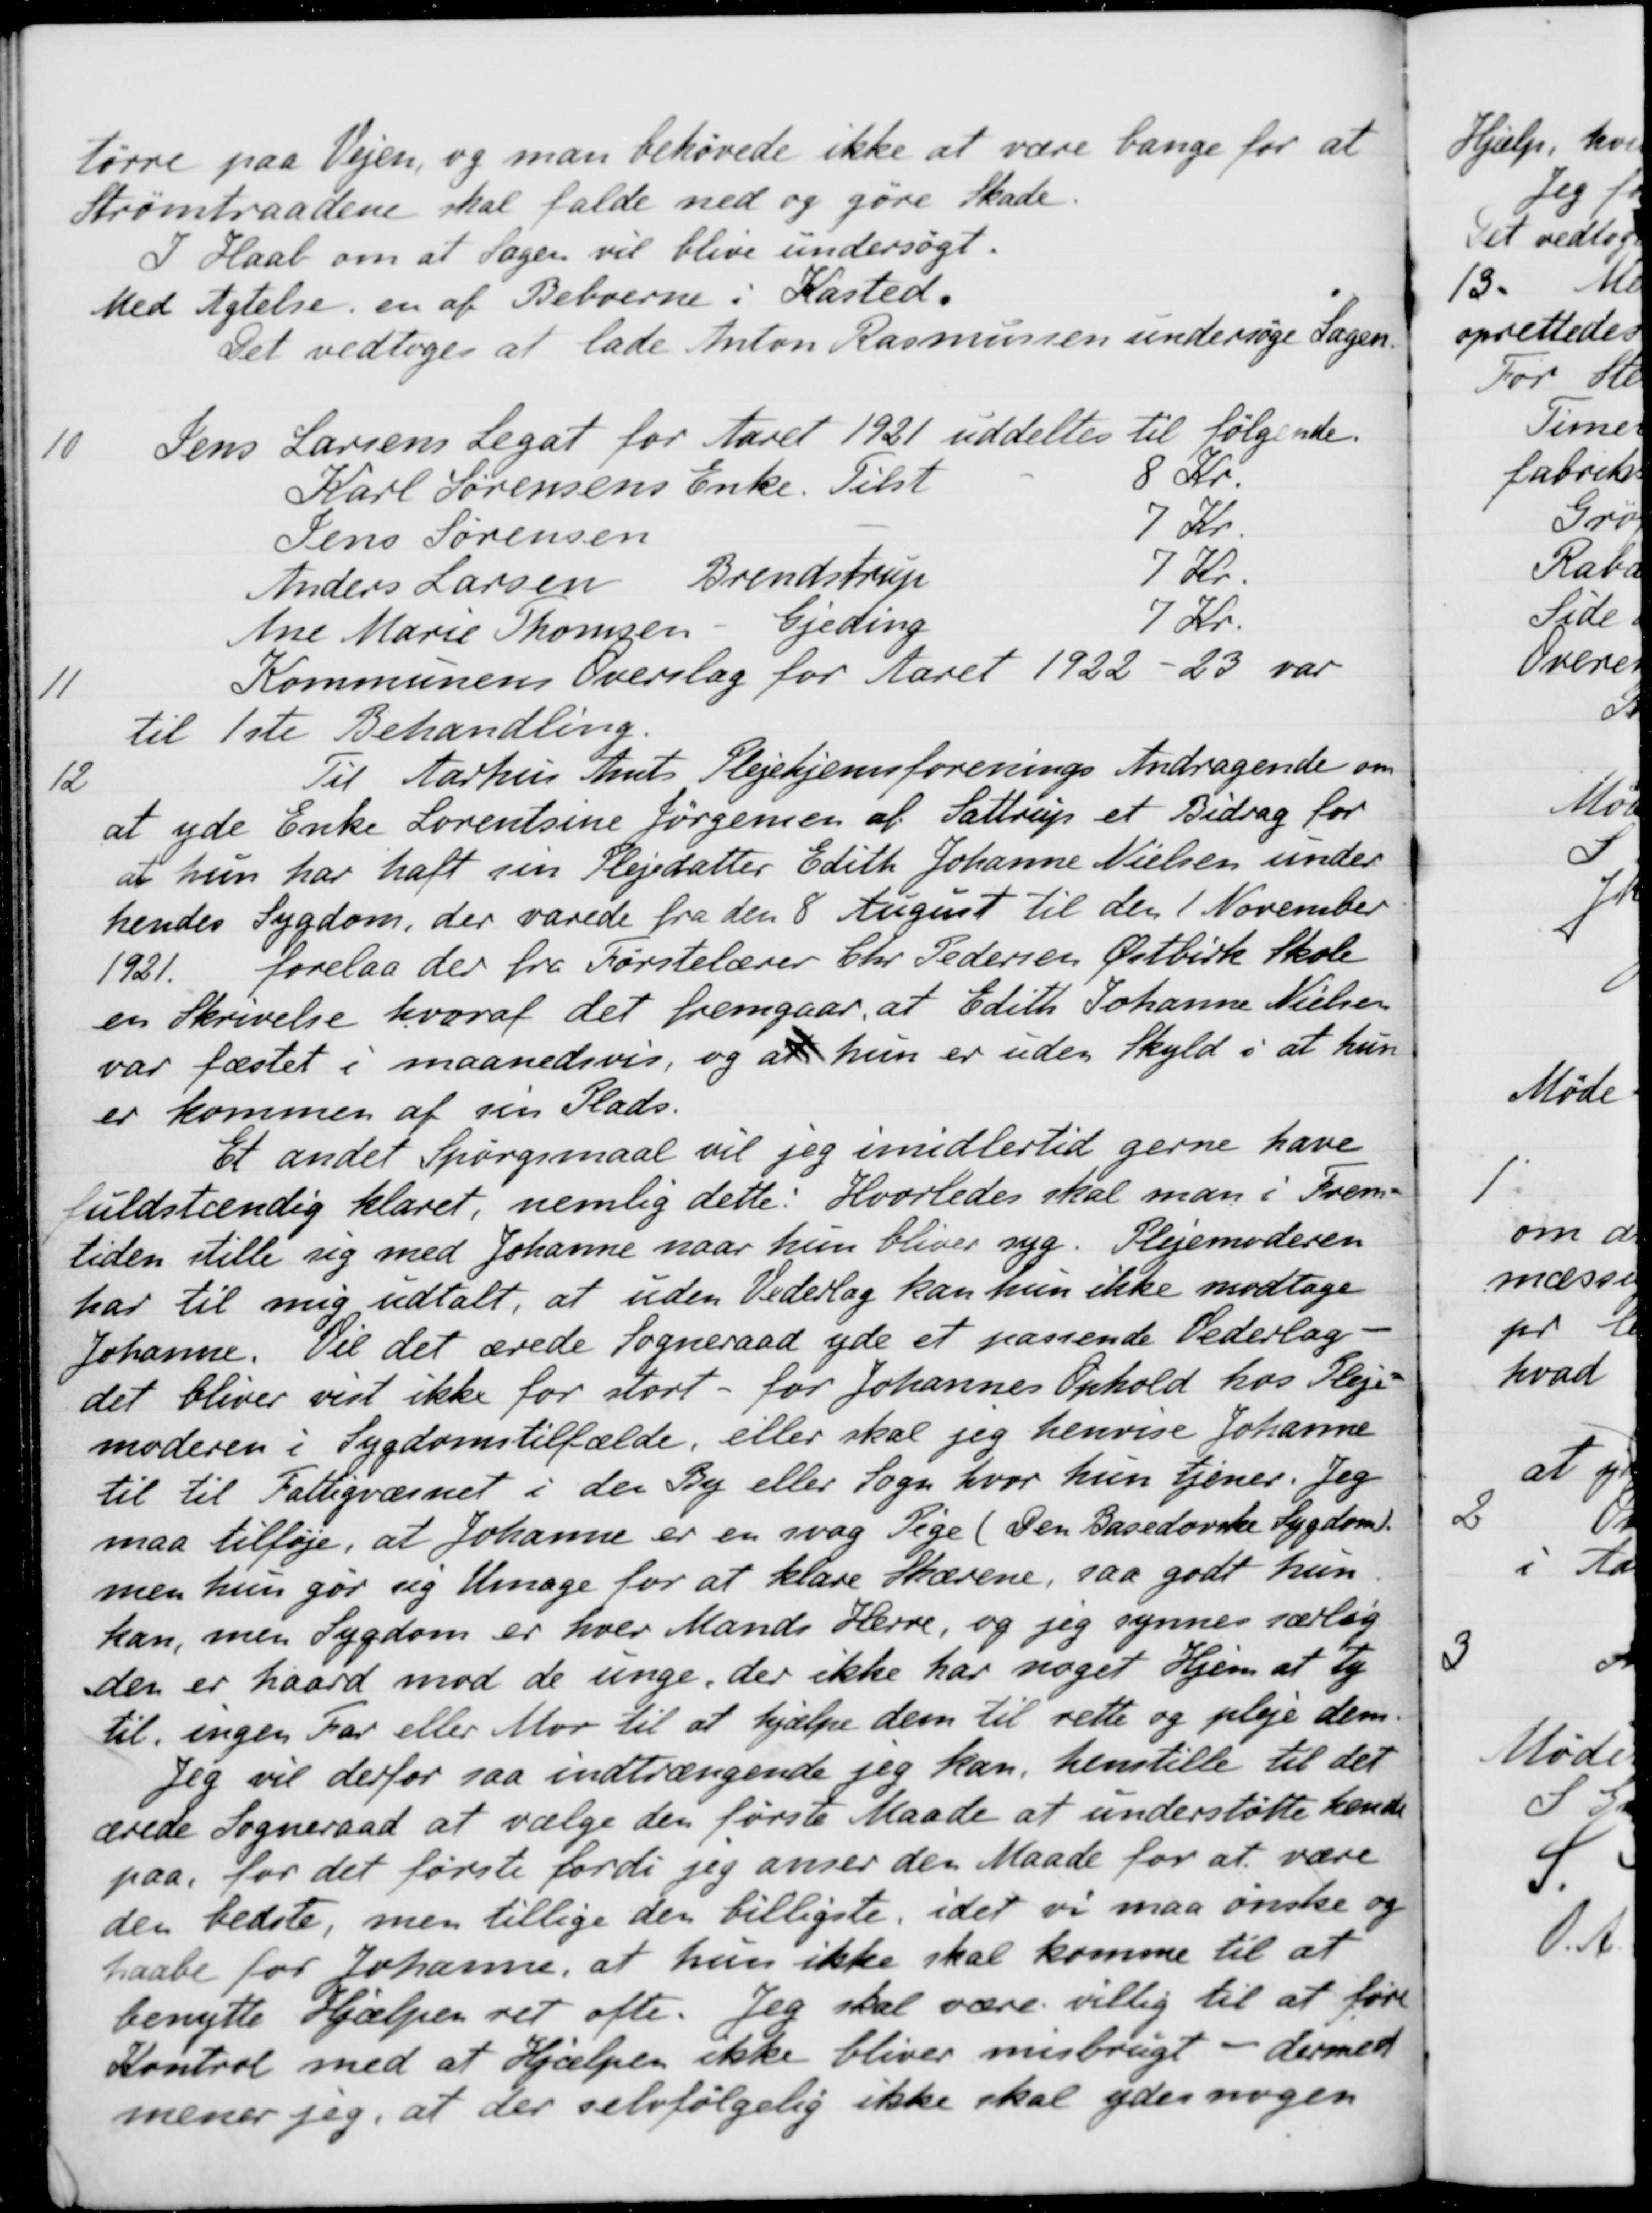
Transskription:
tørre paa Vejen, og man behøvede ikke at være bange for at
Strømtraadene skal falde ned og gøre Skade.
I Haab om at Sagen vil blive undersøgt.
Med Agtelse en af Beboerne i Kasted.
Det vedtoges at lade Anton Rasmussen undersøge Sagen.
10
Jens Larsens Legat for Aaret 1921 uddeltes til følgende.
Karl Sørensens Enke
Tilst 8 Kr.
Jens Sørensen
7 Kr.
Anders Larsen
Brendstrup
7 Kr.
Ane Marie Thomsen
Gjeding
7 Kr.
11
Kommunens Overslag for Aaret 1922 - 23 var
til 1ste Behandling
12
Til Aarhus Amts Plejehjemsforenings Andragende om
at yde Enke Lorentsine Jørgensen af Sattrup et Bidrag for
at hun har haft sin Plejedatter Edith Johanne Nielsen under
hendes Sygdom, der varede fra den 8 August til den 1 November
1921. forelaa der fra Førstelærer Chr. Pedersen Østbirk Skole
en Skrivelse hvoraf det fremgaar, at Edith Johanne Nielsen
var fæstet i maanedsvis, og at hun er uden Skyld i at hun
er kommen af sin Plads.
Et andet Spørgsmaal vil jeg imidlertid gerne have
fuldstændig klaret, nemlig dette. Hvorledes skal man i Frem-
tiden stille sig med Johanne naar hun bliver syg. Plejemoderen
har til mig udtalt, at uden Vederlag kan hun ikke modtage
Johanne. Vil det ærede Sogneraad yde et passende Vederlag
det bliver vist ikke for stort - for Johannes Ophold hos Pleje-
moderen i Sygdomstilfælde, eller skal jeg henvise Johanne
til til Fattigvæsnet i den By eller Sogn hvor hun tjener. Jeg
maa tilføje, at Johanne er en svag Pige (Den Basedovske Sygdom).
men hun gør sig Umage for at klare Skærene, saa godt hun
kan, men Sygdom er hver Mands Herre, og jeg synnes særlig
den er haard mod de unge, der ikke har noget Hjem at ty
til, ingen Far eller Mor til at hjælpe dem til rette og pleje dem.
Jeg vil derfor saa indtrængende jeg kan henstille til det
ærede Sogneraad at vælge den første Maade at understøtte hende
paa, for det første fordi jeg anser den Maade for at være
den bedste, men tillige den billigste, idet vi maa ønske og
haabe for Johanne, at hun ikke skal komme til at
benytte Hjælpen ret ofte. Jeg skal være villig til at føre
Kontrol med at Hjælpen ikke bliver misbrugt - dermed
mener jeg, at der selvfølgelig ikke skal ydes nogen